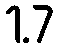
1.7